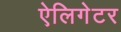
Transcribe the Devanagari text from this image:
ऐलिगेटर